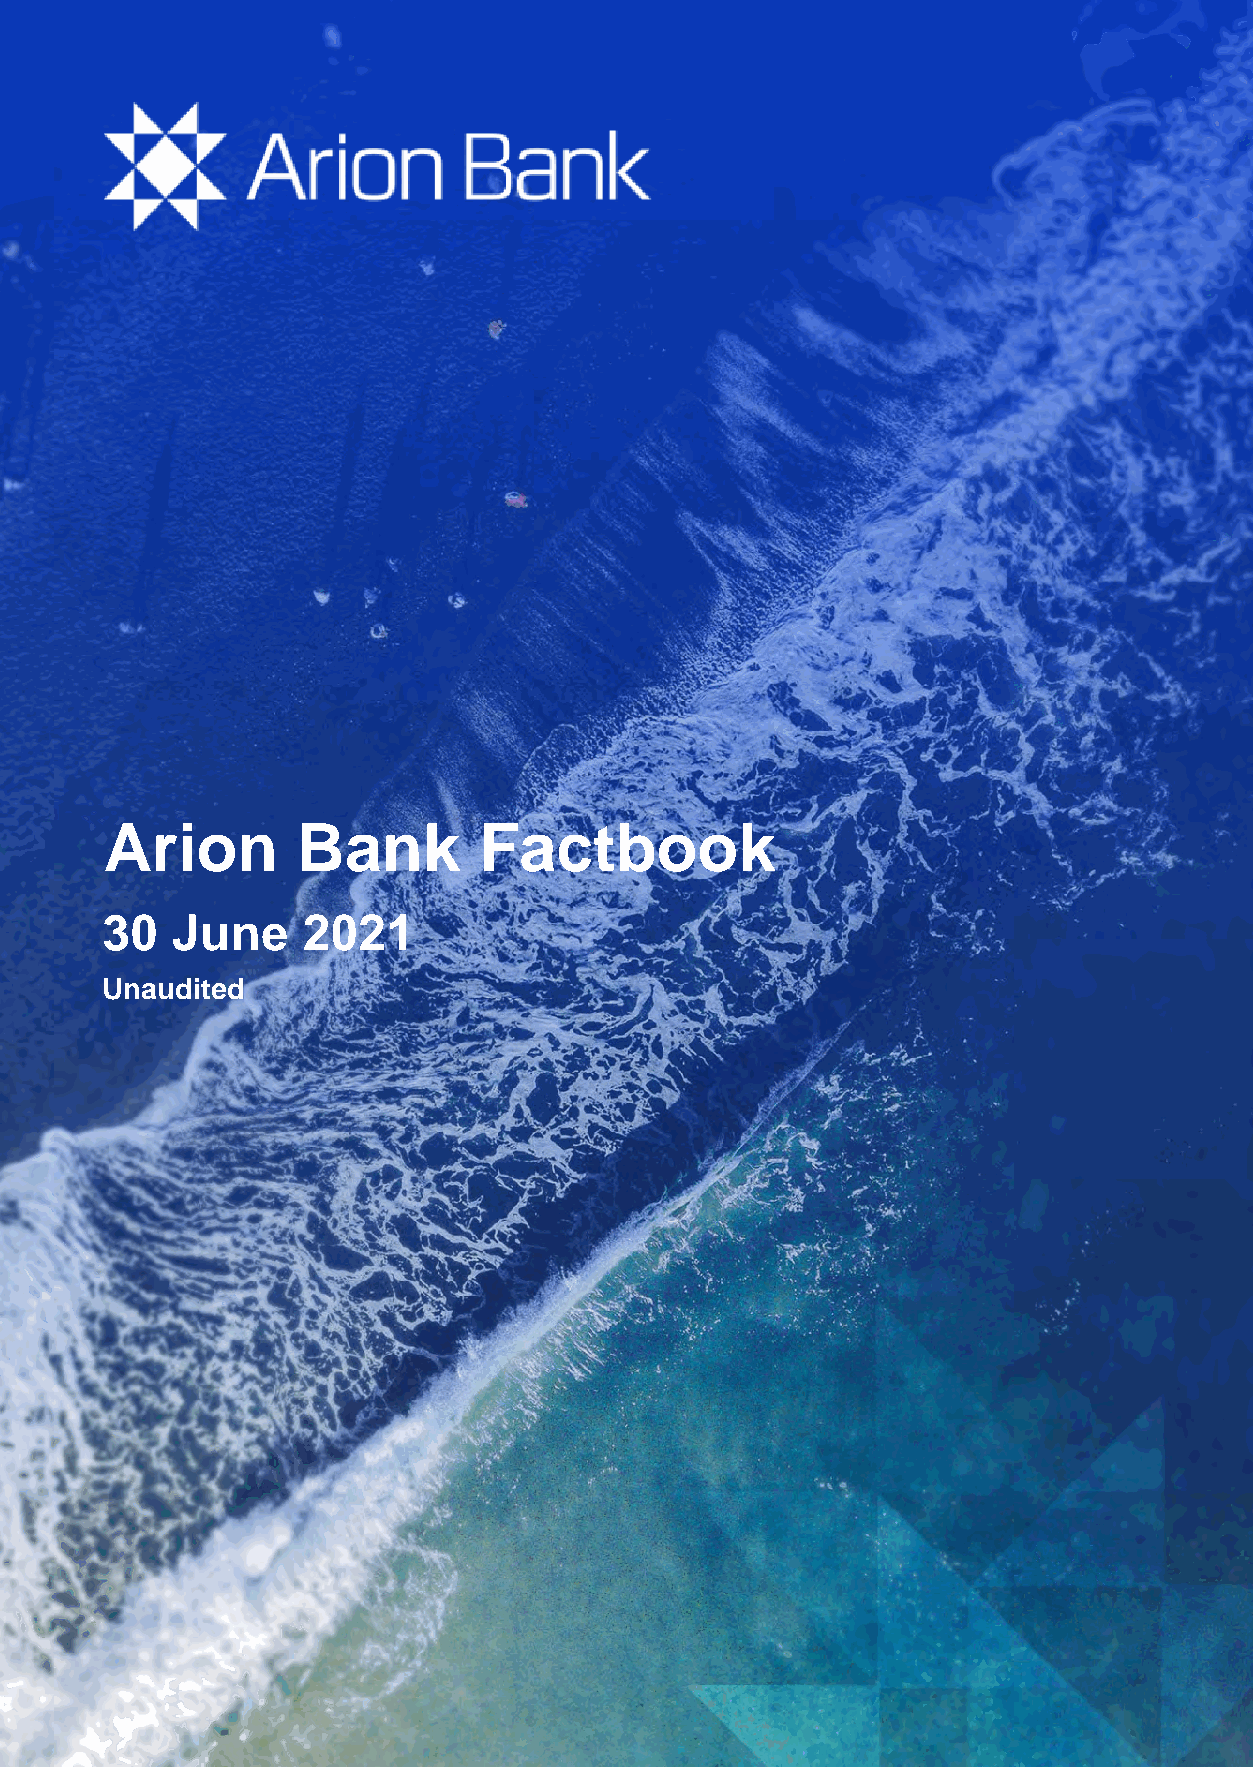
Arion        Bank        Factbook
 3
 0 June     2021
 Unaudited